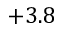
+ 3 . 8